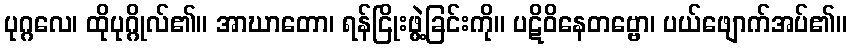
ပုဂ္ဂလေ၊ ထိုပုဂ္ဂိုလ်၏။ အာဃာတော၊ ရန်ငြိုးဖွဲ့ခြင်းကို။ ပဋိဝိနေတဗ္ဗော၊ ပယ်ဖျောက်အပ်၏။